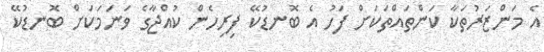
އެ މަންޒަރުތަކާ ކަންތައްތަކަށް ފަހު އެ ބޮނޑުކޭ ފިރިހެން ކުއްޖާގެ ވަނަމަކަށް ބޮނޑުކޭ